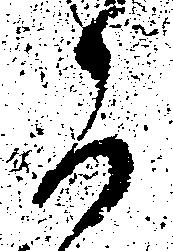
可